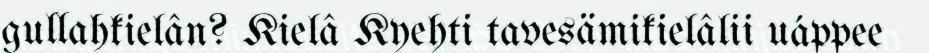
gullahkielân? Kielâ Kyehti tavesämikielâlii uáppee